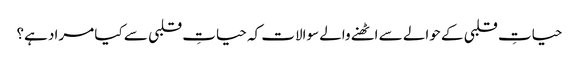
حیاتِ قلبی کے حوالے سے اٹھنے والے سوالات کہ حیاتِ قلبی سے کیا مراد ہے؟